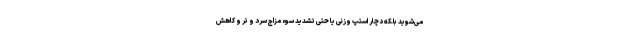
می‌شوید بلکه دچار استپ وزنی یا حتی تشدید سوء مزاج سرد و تر و کاهش